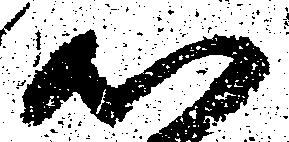
心